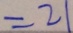
= 2 1